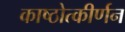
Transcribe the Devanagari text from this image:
काष्ठोत्कीर्णन